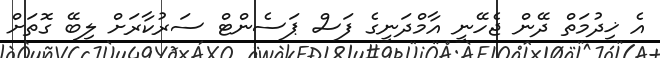
އެ ޚިދުމަތް ދޭން ޖެހޭނީ އާމްދަނީގެ ފަސް ޕަސެންޓް ސަރުކާރަށް ލިބޭ ގޮތަށް